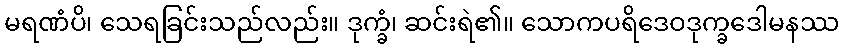
မရဏံပိ၊ သေရခြင်းသည်လည်း။ ဒုက္ခံ၊ ဆင်းရဲ၏။ သောကပရိဒေဝဒုက္ခဒေါမနဿ